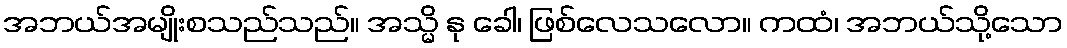
အဘယ်အမျိုးစသည်သည်။ အသ္မိ နု ခေါ၊ ဖြစ်လေသလော။ ကထံ၊ အဘယ်သို့သော